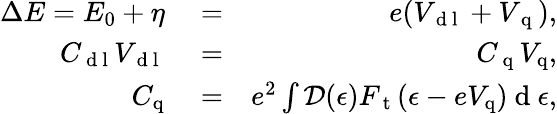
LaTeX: \begin{array}{rlr}{\Delta E=E_{0}+\eta}&{{}=}&{e(V_{\mathrm{~d~l~}}+V_{\mathrm{~q~}}),}\\ {C_{\mathrm{~d~l~}}V_{\mathrm{~d~l~}}}&{{}=}&{C_{\mathrm{~q~}}V_{\mathrm{q}},}\\ {C_{\mathrm{q}}}&{{}=}&{e^{2}\int\mathcal{D}(\epsilon)F_{\mathrm{~t~}}(\epsilon-eV_{\mathrm{q}})\mathrm{~d~}\epsilon,}\end{array}